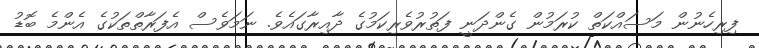
ފިރިހެނުން މަސައްކަތް ކުރަމުން ގެންދަނީ ފަތުރުވެރިކަމުގެ ދާއިރާގައެވެ. ނަމަވެސް އެފަރާތްތަކުގެ އެންމެ ބޮޑު